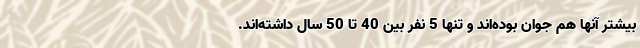
بیشتر آنها هم جوان بوده‌اند و تنها 5 نفر بین 40 تا 50 سال داشته‌اند.